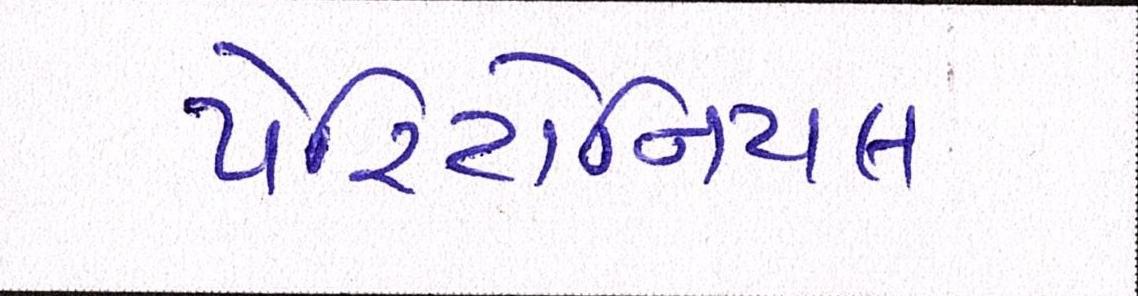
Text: પેરિટોનિયલ